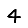
Digit: 4